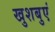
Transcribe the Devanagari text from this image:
खुशबुएं